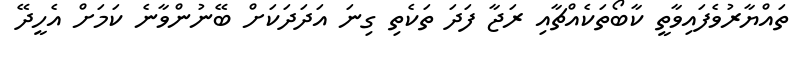
ތައްޔާރުވެފައިވާތީ ކާބޯތަކެއްޗާއި ރަޖާ ފަދަ ތަކެތި ގިނަ އަދަދަކަށް ބޭނުންވާނެ ކަމަށް އެހީދޭ